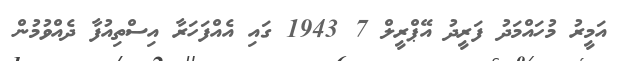
އަމީރު މުހައްމަދު ފަރީދު އޭޕްރީލް 7 1943 ގައި އެއްފަހަރާ އިސްތިއުފާ ދެއްވުމުން